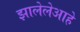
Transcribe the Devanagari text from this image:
झालेलेआहे